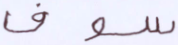
سوف